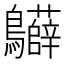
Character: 𪈙